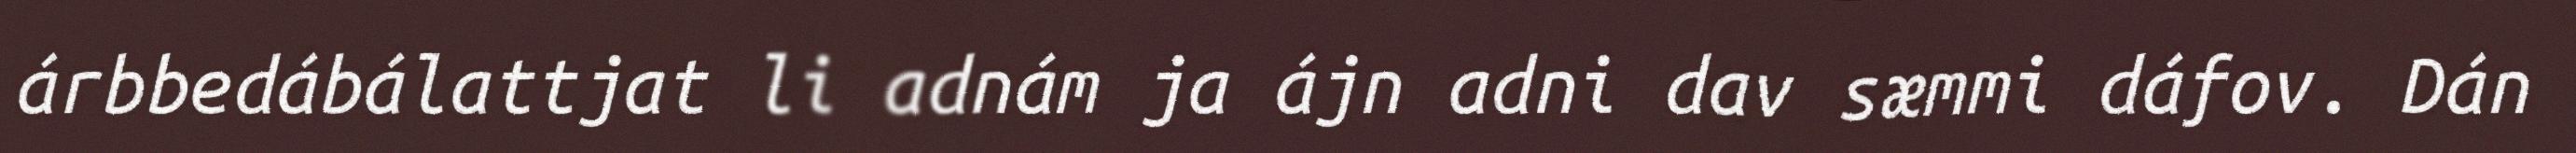
árbbedábálattjat li adnám ja ájn adni dav sæmmi dáfov. Dán